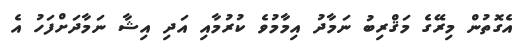
އެގޮތުން މިރޭގެ މަޤްރިބު ނަމާދު އިމާމުވެ ކުރުމާއި އަދި އިޝާ ނަމާދަށްފަހު އެ